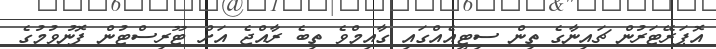
އޮޕަރޭޓަރުން ޗައިނާގެ ތިން ސިޓީއެއްގައި ގާއިމްވެ ތިބެ ރާއްޖެ އަށް ޓޫރިސްޓުން ފޮނުވުމުގެ